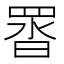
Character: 䍝